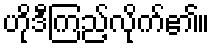
ဟိုဒီကြည့်လိုက်၏။